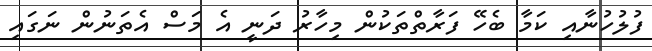
ފުލުހުނާއި ކަމާ ބެހޭ ފަރާތްތަކުން މިހާރު ދަނީ އެ މަސް އެތަނުން ނަގައި